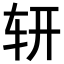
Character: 𨐆